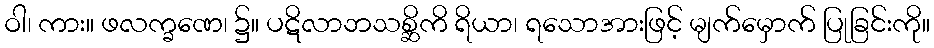
ဝါ၊ ကား။ ဖလက္ခဏေ၊ ၌။ ပဋိလာဘသစ္ဆိကိ ရိယာ၊ ရသောအားဖြင့် မျက်မှောက် ပြုခြင်းကို။